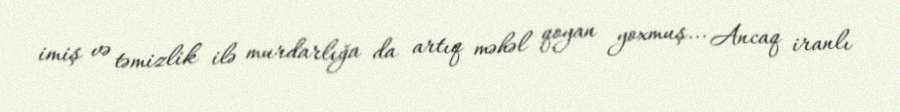
imiş və təmizlik ilə murdarlığa da artıq məhəl qoyan yoxmuş... Ancaq iranlı